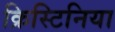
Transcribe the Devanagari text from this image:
क्रिस्टिनिया